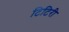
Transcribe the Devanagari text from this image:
टिटिरी